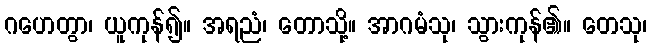
ဂဟေတွာ၊ ယူကုန်၍။ အရညံ၊ တောသို့။ အာဂမံသု၊ သွားကုန်၏။ တေသု၊